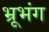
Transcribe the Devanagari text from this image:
भ्रूभंग